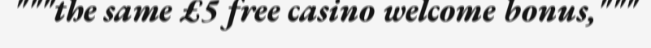
"""the same £5 free casino welcome bonus,"""